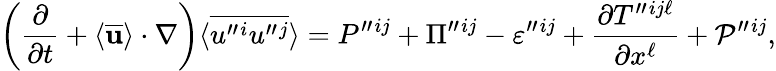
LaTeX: \left({\frac{\partial}{\partial t}+\langle{\overline{{\mathbf{u}}}}\rangle\cdot\nabla}\right)\langle{\overline{{u^{\prime\prime}{}^{i}u^{\prime\prime}{}^{j}}}}\rangle=P^{\prime\prime}{}^{ij}+\Pi^{\prime\prime}{}^{ij}-\varepsilon^{\prime\prime}{}^{ij}+\frac{\partial T^{\prime\prime}{}^{ij\ell}}{\partial x^{\ell}}+{\cal{P}}^{\prime\prime}{}^{ij},